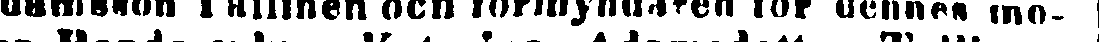
Adamsson Tallinen och förmyndaren för dennes mo-